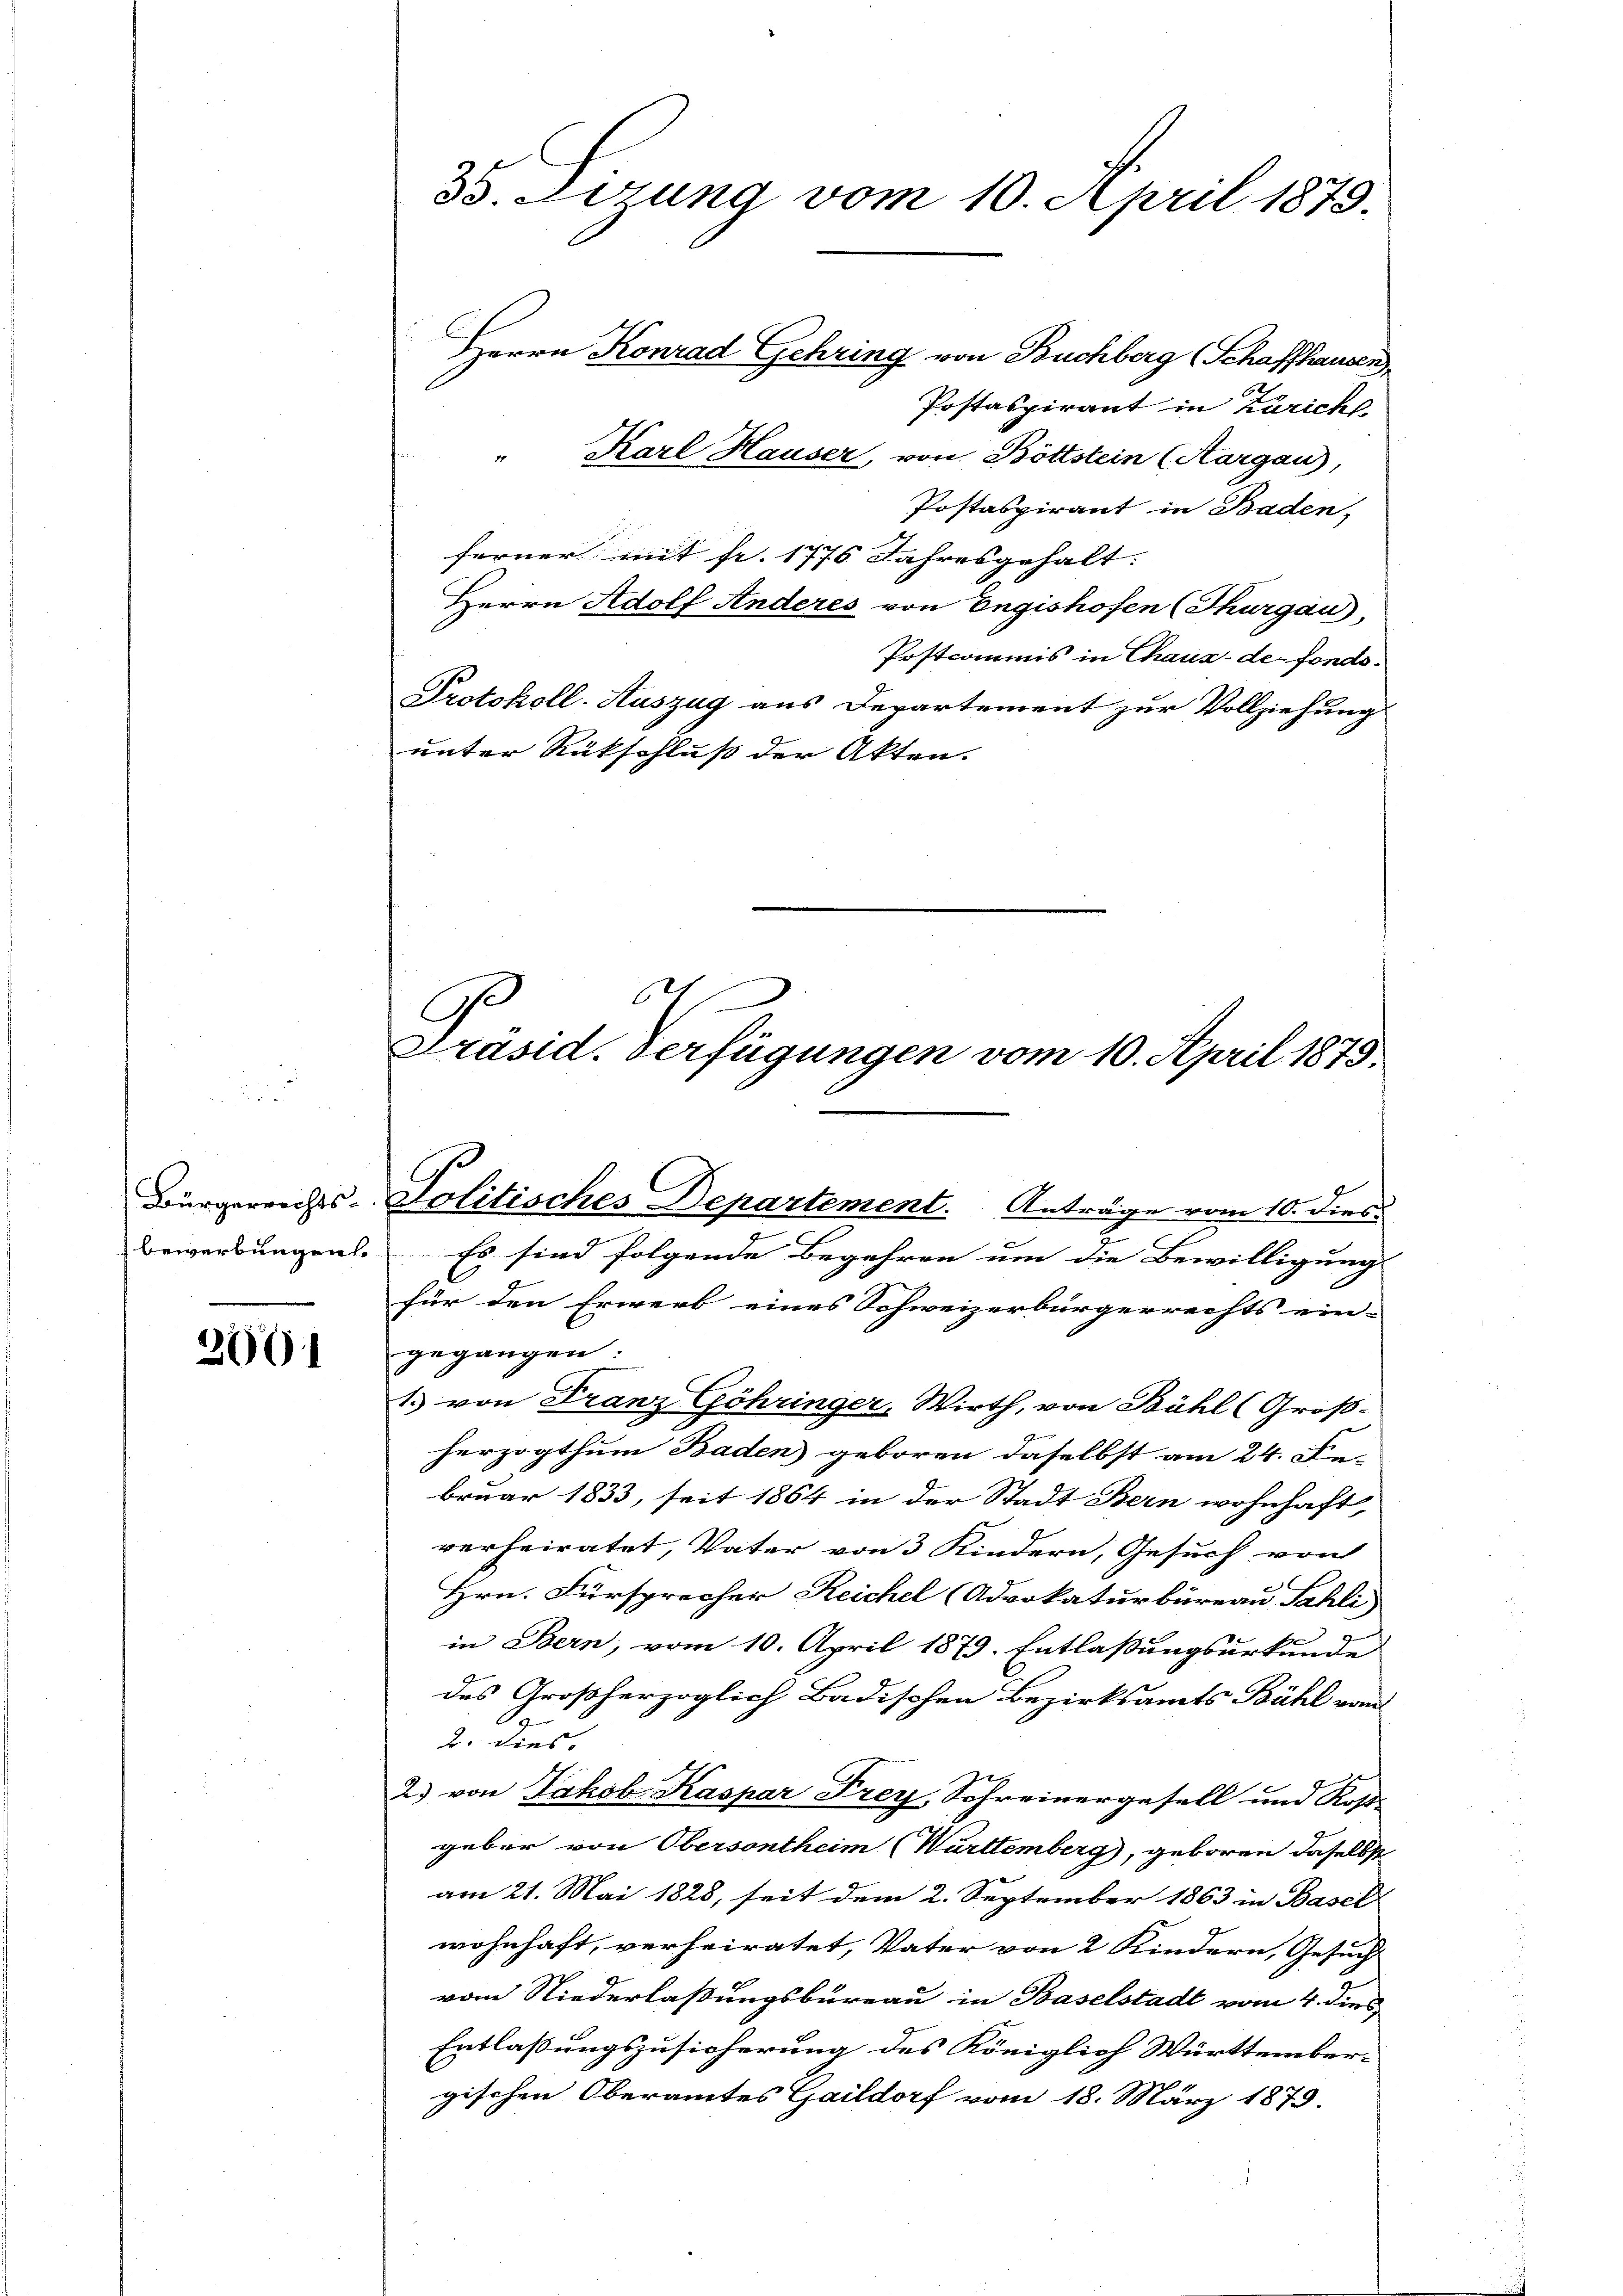
Bürgerrechts-
bewerbungen.

2001

33. Lesung vom 10. April 1873.
Herrn Konrad Gehring von Buchberg (Schaffhausen
Postaspirant in Zürich.

" Karl Hauser, von Böttstein (Aargau),
Postaspirant in Baden,
ferner mit fr. 1776 Jahresgehalt. |
Herrn Adolf Anderes von Engishofen (Thurgau,
Postcommis in Chaux-de-Fonds¬
Protokoll-Auszug aus Departement zur Vollziehung
unter Rütschluß der Akten.

s
e
Präsid. Verfügungen vom 10. April 1875.

Politisches Departement. Anträge vom 10. dies
Es sind folgende Begehren um die Bewilligung
für den Erwerb eines Schweizerbürgerrechts ein-
gegangen:
1. von Franz Göhringer, Wirth, von Bühl (Groß-
herzogthum Baden) geboren daselbst am 24. Februar 1833, seit 1864 in der Stadt Bern wohnhaft,
verheiratet, Vater von 3 Kindern, Gesuch von
Hrn. Fürsprecher Reichel (Advokaturbüreau Sahli
in Bern, vom 10. April 1879. Entlassungsurkunde
des Großherzoglich Badischen Bezirksamts Bühl vom
2. dies,
2) von Jakob Kaspar Frey, Schreinergesell und Rost-
geber von Obersontheim (Württemberg), geboren daselbst
am 21. Mai 1828, seit dem 2. September 1863 in Basel
wohnhaft, verheiratet, Vater von 2 Kindern, Gesuch
vom Niederlaßungsbureau in Baselstadt vom 4. dies
Entlaßungszusicherung des Königlich Württembergischen Oberamtes Gaildorf vom 18. März 1879.